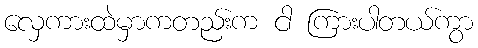
လှေကားထဲမှာကတည်းက ငါ ကြားပါတယ်ကွာ